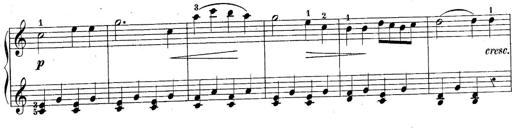
Title: 10 Sonatines progressives
Composer: Anton Schmoll